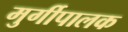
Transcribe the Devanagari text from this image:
मुर्गीपालक